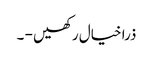
ذرا خیال رکھیں - ۔